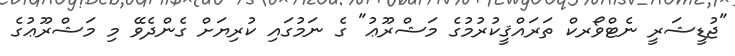
"ޖުޑީޝަރީ ނެޓްވޯރކް ތަރައްޤީކުރުމުގެ މަޝްރޫޢު" ގެ ނަމުގައި ކުރިޔަށް ގެންދެވޭ މި މަޝްރޫޢުގެ